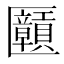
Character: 𫧝